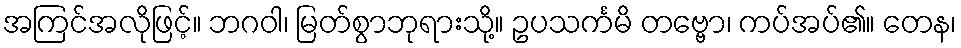
အကြင်အလိုဖြင့်။ ဘဂဝါ၊ မြတ်စွာဘုရားသို့။ ဥပသင်္ကမိ တဗ္ဗော၊ ကပ်အပ်၏။ တေန၊